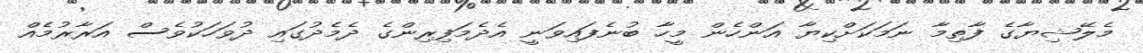
މެލޭޝިޔާގެ ފާތިމާ ނަމަކަށްކިޔާ އަންހެން މީހާ ބުނެފައިވަނީ އެދެމަފިރިންގެ ދެމެދުގައި ދުވަހަކުވެސް އަރާރުމެއް